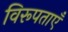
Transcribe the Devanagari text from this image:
विरूपताएँ